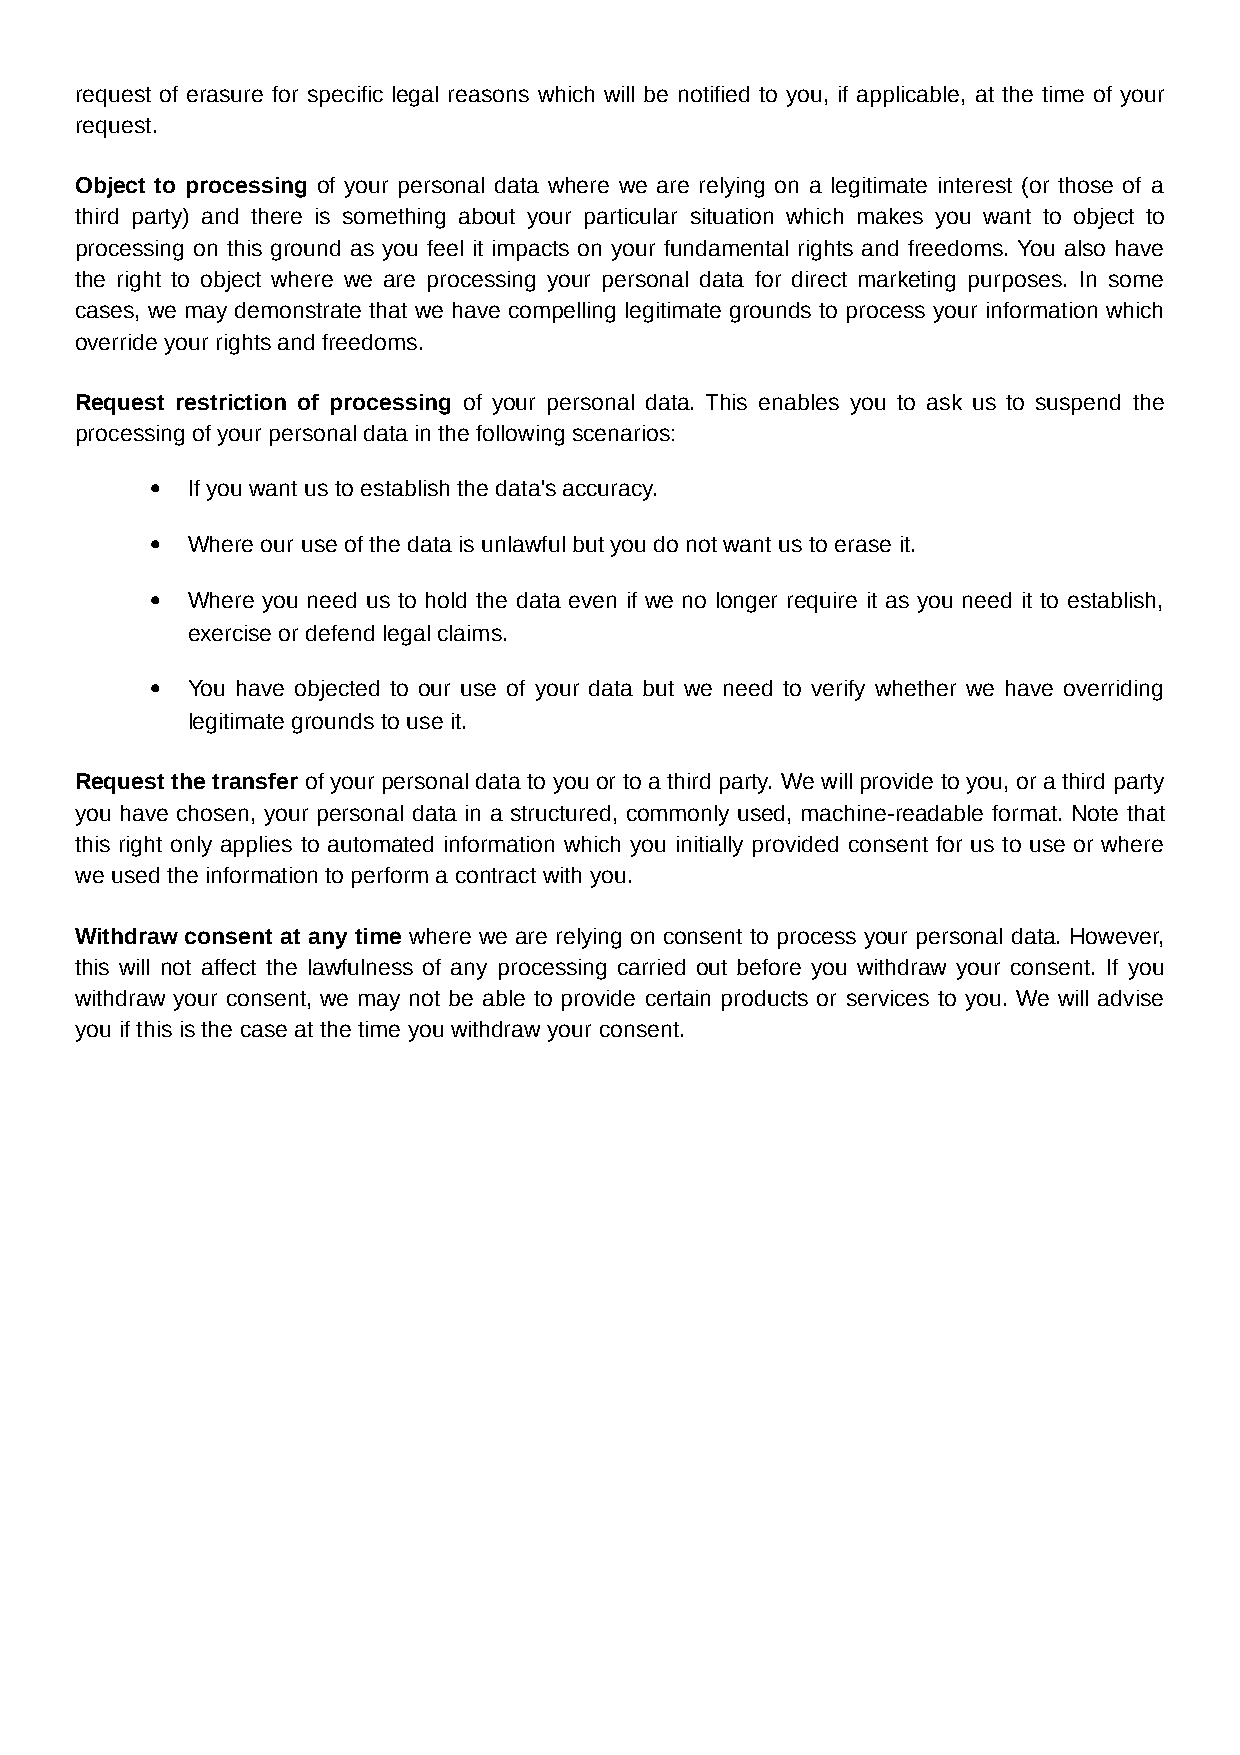
request of erasure for specific legal reasons which will be notified to you, if applicable, at the time of your
 request.
 Object to processing of your personal data where we are relying on a legitimate interest (or those of a
 third party) and there is something about your particular situation which makes you want to object to
 processing on this ground as you feel it impacts on your fundamental rights and freedoms. You also have
 the right to object where we are processing your personal data for direct marketing purposes. In some
 cases, we may demonstrate that we have compelling legitimate grounds to process your information which
 override your rights and freedoms.
 Request restriction of processing of your personal data. This enables you to ask us to suspend the
 processing of your personal data in the following scenarios:
  If you want us to establish the data's accuracy.
  Where our use of the data is unlawful but you do not want us to erase it.
  Where you need us to hold the data even if we no longer require it as you need it to establish,
 exercise or defend legal claims.
  You have objected to our use of your data but we need to verify whether we have overriding
 legitimate grounds to use it.
 Request the transfer of your personal data to you or to a third party. We will provide to you, or a third party
 you have chosen, your personal data in a structured, commonly used, machine-readable format. Note that
 this right only applies to automated information which you initially provided consent for us to use or where
 we used the information to perform a contract with you.
 Withdraw consent at any time where we are relying on consent to process your personal data. However,
 this will not affect the lawfulness of any processing carried out before you withdraw your consent. If you
 withdraw your consent, we may not be able to provide certain products or services to you. We will advise
 you if this is the case at the time you withdraw your consent.